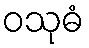
ဝသုဓံ